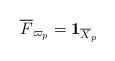
LaTeX: \begin{align*}\overline{F}_{\varpi_{p}}=\textbf{1}_{\overline{X}_{p}}\end{align*}